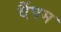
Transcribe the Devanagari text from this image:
वैंपम